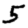
Digit: 5